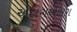
અલગઅલગ